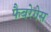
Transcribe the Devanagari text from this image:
फैबरेगेस